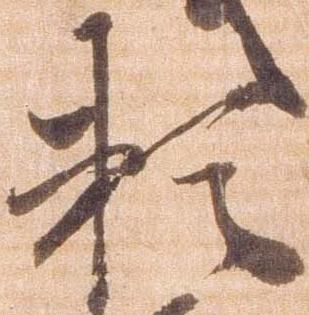
頼